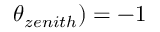
\theta _ { z e n i t h } ) = - 1